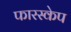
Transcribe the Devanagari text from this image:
फारस्केप